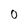
Character: 0